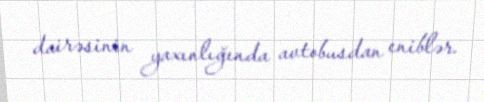
dairəsinin yaxınlığında avtobusdan eniblər.